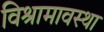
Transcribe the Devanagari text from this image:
विश्रामावस्था